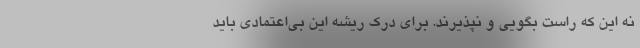
نه این که راست بگویی و نپذیرند. برای درک ریشه این بی‌اعتمادی باید